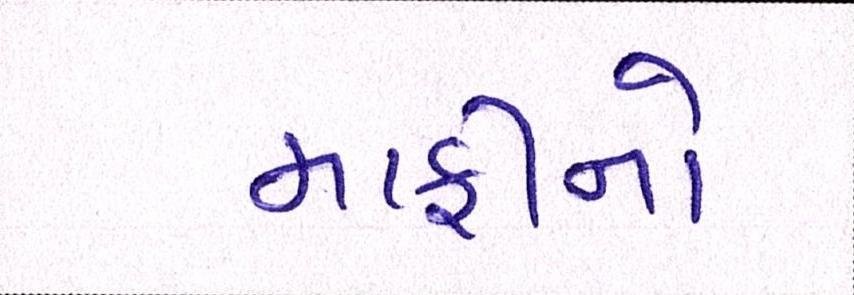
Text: માફીનો